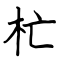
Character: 杧